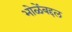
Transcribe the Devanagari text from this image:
भोळेंबद्दल